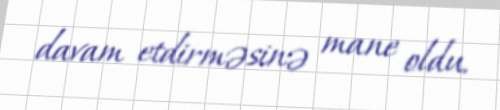
davam etdirməsinə mane oldu.